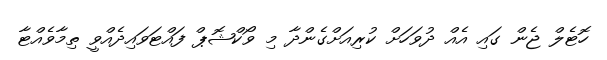
ހޮޓެލް ޖެން ގައި އެއް ދުވަހަށް ކުރިއަށްގެންދާ މި ވޯކްޝޮޕް ފައްޓަވައިދެއްވީ ތިމާވެއްޓާ